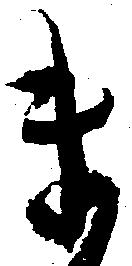
ま